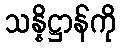
သန္နိဋ္ဌာန်ကို